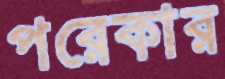
পরেকার